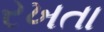
રખતા